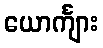
ယောင်္ကျား